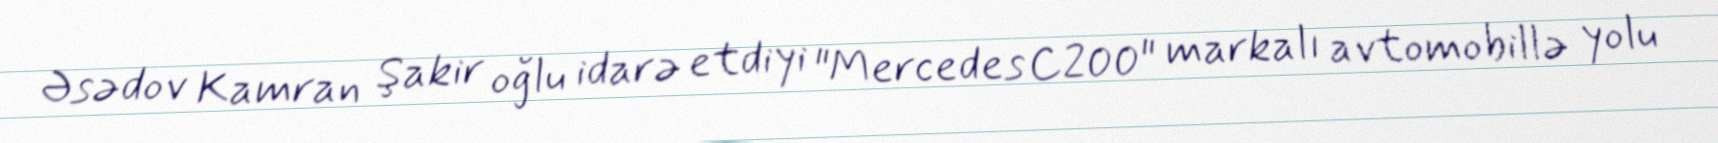
Əsədov Kamran Şakir oğlu idarə etdiyi "Mercedes C200" markalı avtomobillə yolu